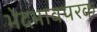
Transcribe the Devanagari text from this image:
भेदभावपरक